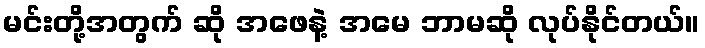
မင်းတို့အတွက် ဆို အဖေနဲ့ အမေ ဘာမဆို လုပ်နိုင်တယ်။